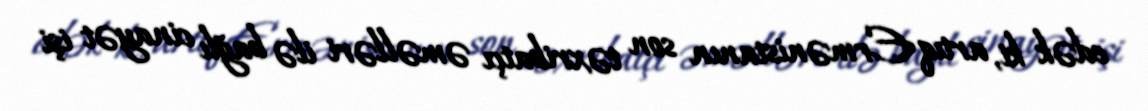
edək ki, artıq Ermənistanın son təxribatçı əməlləri ilə bağlı cinayət işi